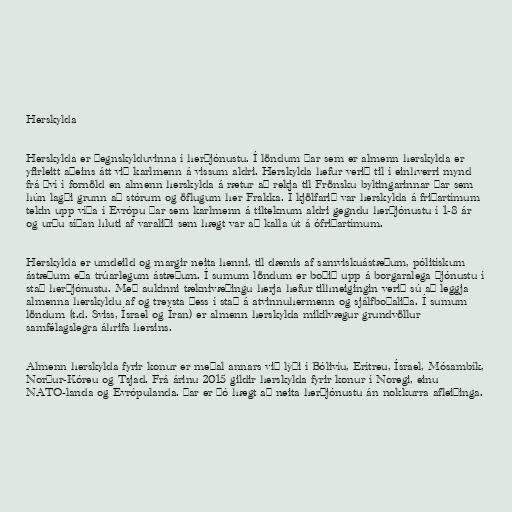
Herskylda

Herskylda er þegnskylduvinna í herþjónustu. Í löndum þar sem er almenn herskylda er
yfirleitt aðeins átt við karlmenn á vissum aldri. Herskylda hefur verið til í einhverri mynd
frá því í fornöld en almenn herskylda á rætur að rekja til Frönsku byltingarinnar þar sem
hún lagði grunn að stórum og öflugum her Frakka. Í kjölfarið var herskylda á friðartímum
tekin upp víða í Evrópu þar sem karlmenn á tilteknum aldri gegndu herþjónustu í 1-8 ár
og urðu síðan hluti af varaliði sem hægt var að kalla út á ófriðartímum.

Herskylda er umdeild og margir neita henni, til dæmis af samviskuástæðum, pólitískum
ástæðum eða trúarlegum ástæðum. Í sumum löndum er boðið upp á borgaralega þjónustu í
stað herþjónustu. Með aukinni tæknivæðingu herja hefur tilhneigingin verið sú að leggja
almenna herskyldu af og treysta þess í stað á atvinnuhermenn og sjálfboðaliða. Í sumum
löndum (t.d. Sviss, Ísrael og Íran) er almenn herskylda mikilvægur grundvöllur
samfélagslegra áhrifa hersins.

Almenn herskylda fyrir konur er meðal annars við lýði í Bólivíu, Erítreu, Ísrael, Mósambík,
Norður-Kóreu og Tsjad. Frá árinu 2015 gildir herskylda fyrir konur í Noregi, einu
NATO-landa og Evrópulanda. Þar er þó hægt að neita herþjónustu án nokkurra afleiðinga.